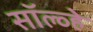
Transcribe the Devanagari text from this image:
सॉल्व्हे